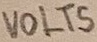
Text: VOLTS